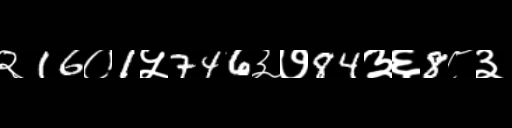
Text: २16०1५746३७84३६8८३